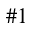
\# 1